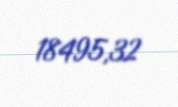
18495,32